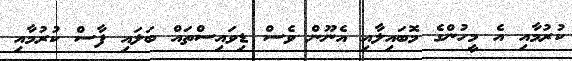
ކުރުމާއި އެ މީހުންގެ މޮބައިލާއި އެނޫން ވެސް ޑިވައިސްތައް ބަލައި ފާސް ކުރުމާއި